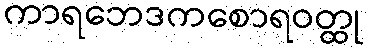
ကာရဘေဒကစောရဝတ္ထု